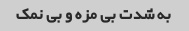
به شدت بی مزه و بی نمک